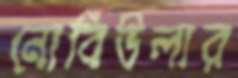
নোবিউলার